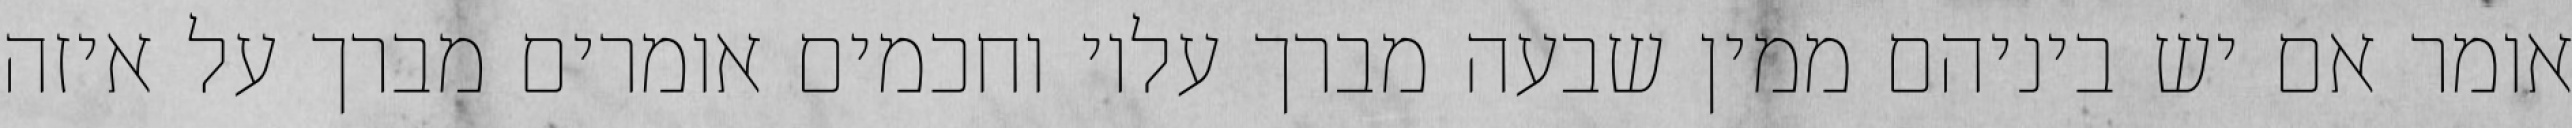
אומר אם יש ביניהם ממין שבעה מברך עליו וחכמים אומרים מברך על איזה